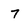
Character: 7